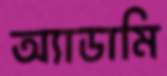
অ্যাডামি